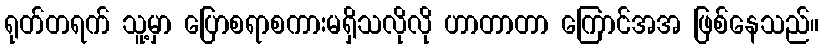
ရုတ်တရက် သူ့မှာ ပြောစရာစကားမရှိသလိုလို ဟာတာတာ ကြောင်အအ ဖြစ်နေသည်။